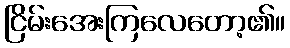
ငြိမ်းအေးကြလေတော့၏။